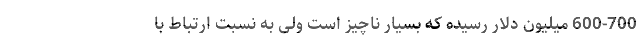
600-700 میلیون دلار رسیده که بسیار ناچیز است ولی به نسبت ارتباط با